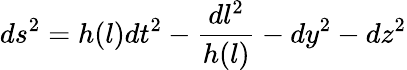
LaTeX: ds^{2}=h(l)dt^{2}-\frac{dl^{2}}{h(l)}-dy^{2}-dz^{2}